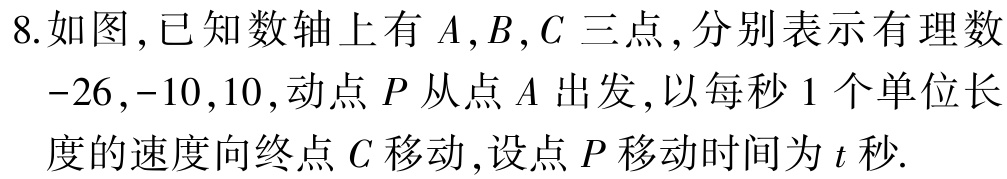
8.如图,已知数轴上有\(A,B,C\)三点,分别表示有理数\(-26,-10,10\),动点\(P\)从点\(A\)出发,以每秒\(1\)个单位长度的速度向终点\(C\)移动,设点\(P\)移动时间为\(t\)秒.